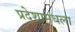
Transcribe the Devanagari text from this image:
प्रदेशामधला